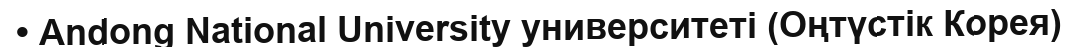
• Andong National University университеті (Оңтүстік Корея)